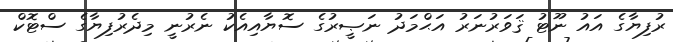
ރުފިޔާގެ އައު ނޫޓު ޤަވަރުނަރު އަޙްމަދު ނަޞީރުގެ ސޮޔާއިއެކު ނެރުނީ މިދެރުފިޔާގެ ސްޓޮކް